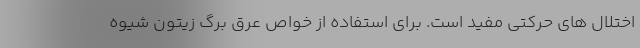
اختلال های حرکتی مفید است. برای استفاده از خواص عرق برگ زیتون شیوه